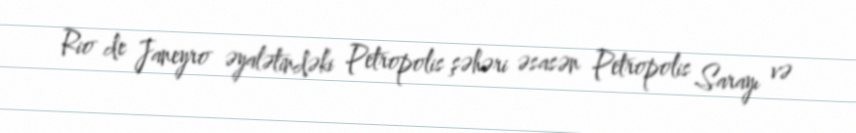
Rio de Janeyro əyalətindəki Petropolis şəhəri əsasən Petropolis Sarayı və